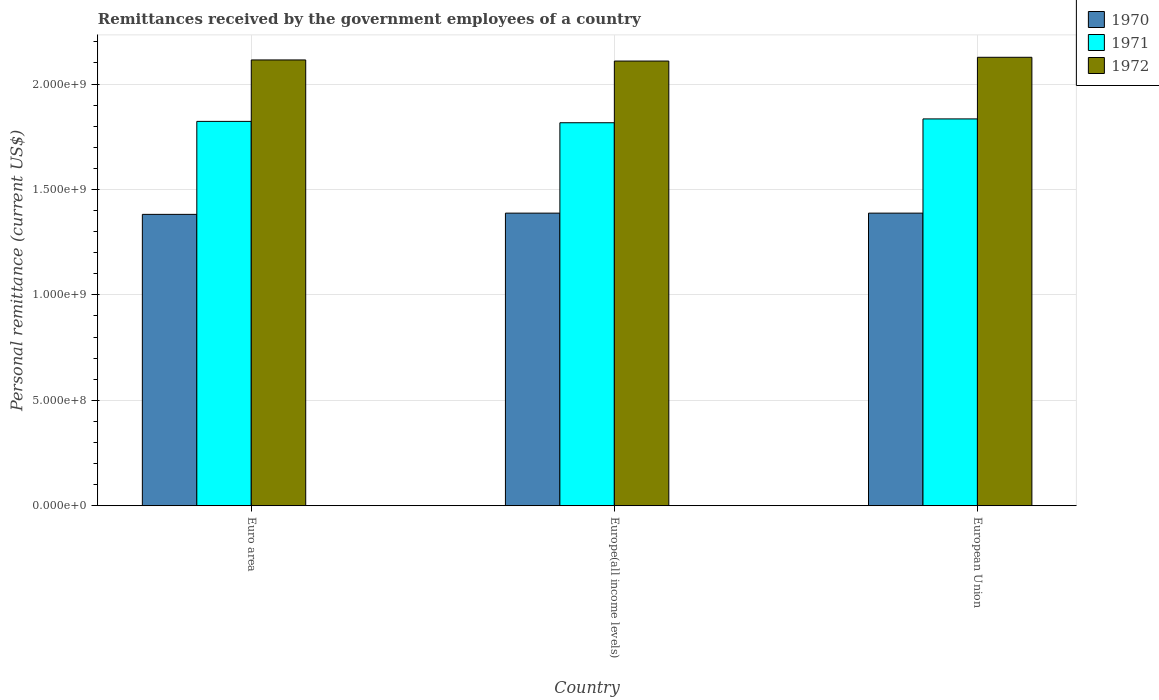
| Country | 1970 | 1971 | 1972 |
 | --- | --- | --- | --- |
 | Euro area | 1.38e+09 | 1.82e+09 | 2.11e+09 |
 | Europe(all income levels) | 1.39e+09 | 1.82e+09 | 2.11e+09 |
 | European Union | 1.39e+09 | 1.83e+09 | 2.13e+09 |